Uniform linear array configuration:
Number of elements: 8
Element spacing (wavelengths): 0.25
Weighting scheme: exponential
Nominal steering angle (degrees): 45
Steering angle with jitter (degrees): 44.58
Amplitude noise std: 0.05
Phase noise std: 0.05

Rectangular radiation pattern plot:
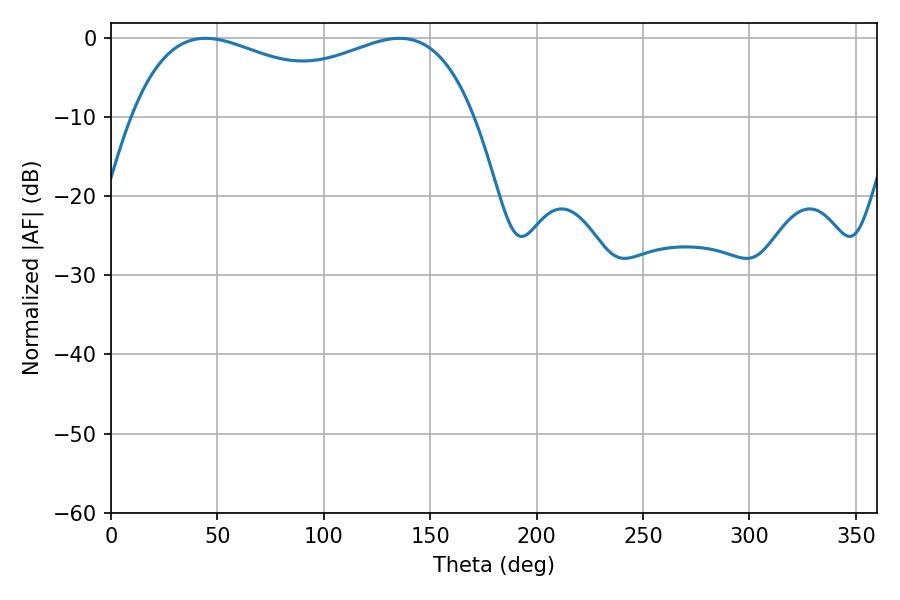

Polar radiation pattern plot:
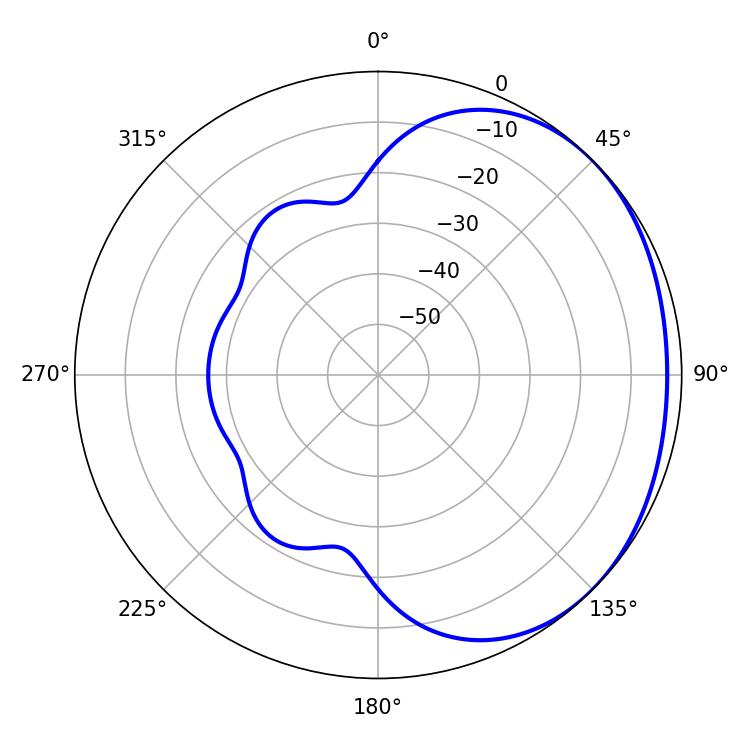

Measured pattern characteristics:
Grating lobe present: FALSE
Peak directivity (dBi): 1.559
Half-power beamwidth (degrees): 133.2
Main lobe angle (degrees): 44.46